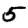
Digit: 5